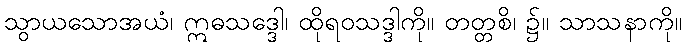
သွာယသောအယံ၊ ဣဓသဒ္ဒေါ၊ ထိုရဝသဒ္ဒါကို။ တတ္တစိ၊ ၌။ သာသနာကို။